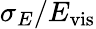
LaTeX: \sigma_{E}/E_{\mathrm{vis}}